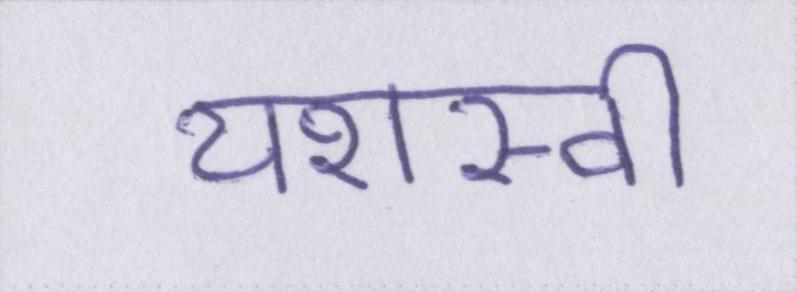
यशस्वी